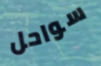
سواحل